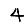
Digit: 4